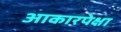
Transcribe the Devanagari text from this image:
आकारपेक्षा